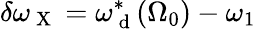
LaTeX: \delta\omega_{\mathrm{~X~}}=\omega_{\mathrm{~d~}}^{*}(\Omega_{0})-\omega_{1}